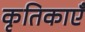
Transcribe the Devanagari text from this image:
कृतिकाएँ